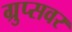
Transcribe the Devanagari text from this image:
ग्रुप्सवर